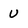
Character: u